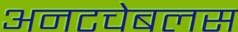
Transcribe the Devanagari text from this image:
अनटचेबलस